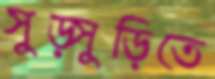
সুড়্সুড়িতে